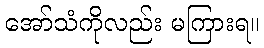
အော်သံကိုလည်း မကြားရ။